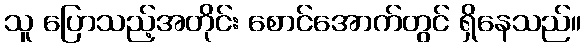
သူ ပြောသည့်အတိုင်း စောင်အောက်တွင် ရှိနေသည်။